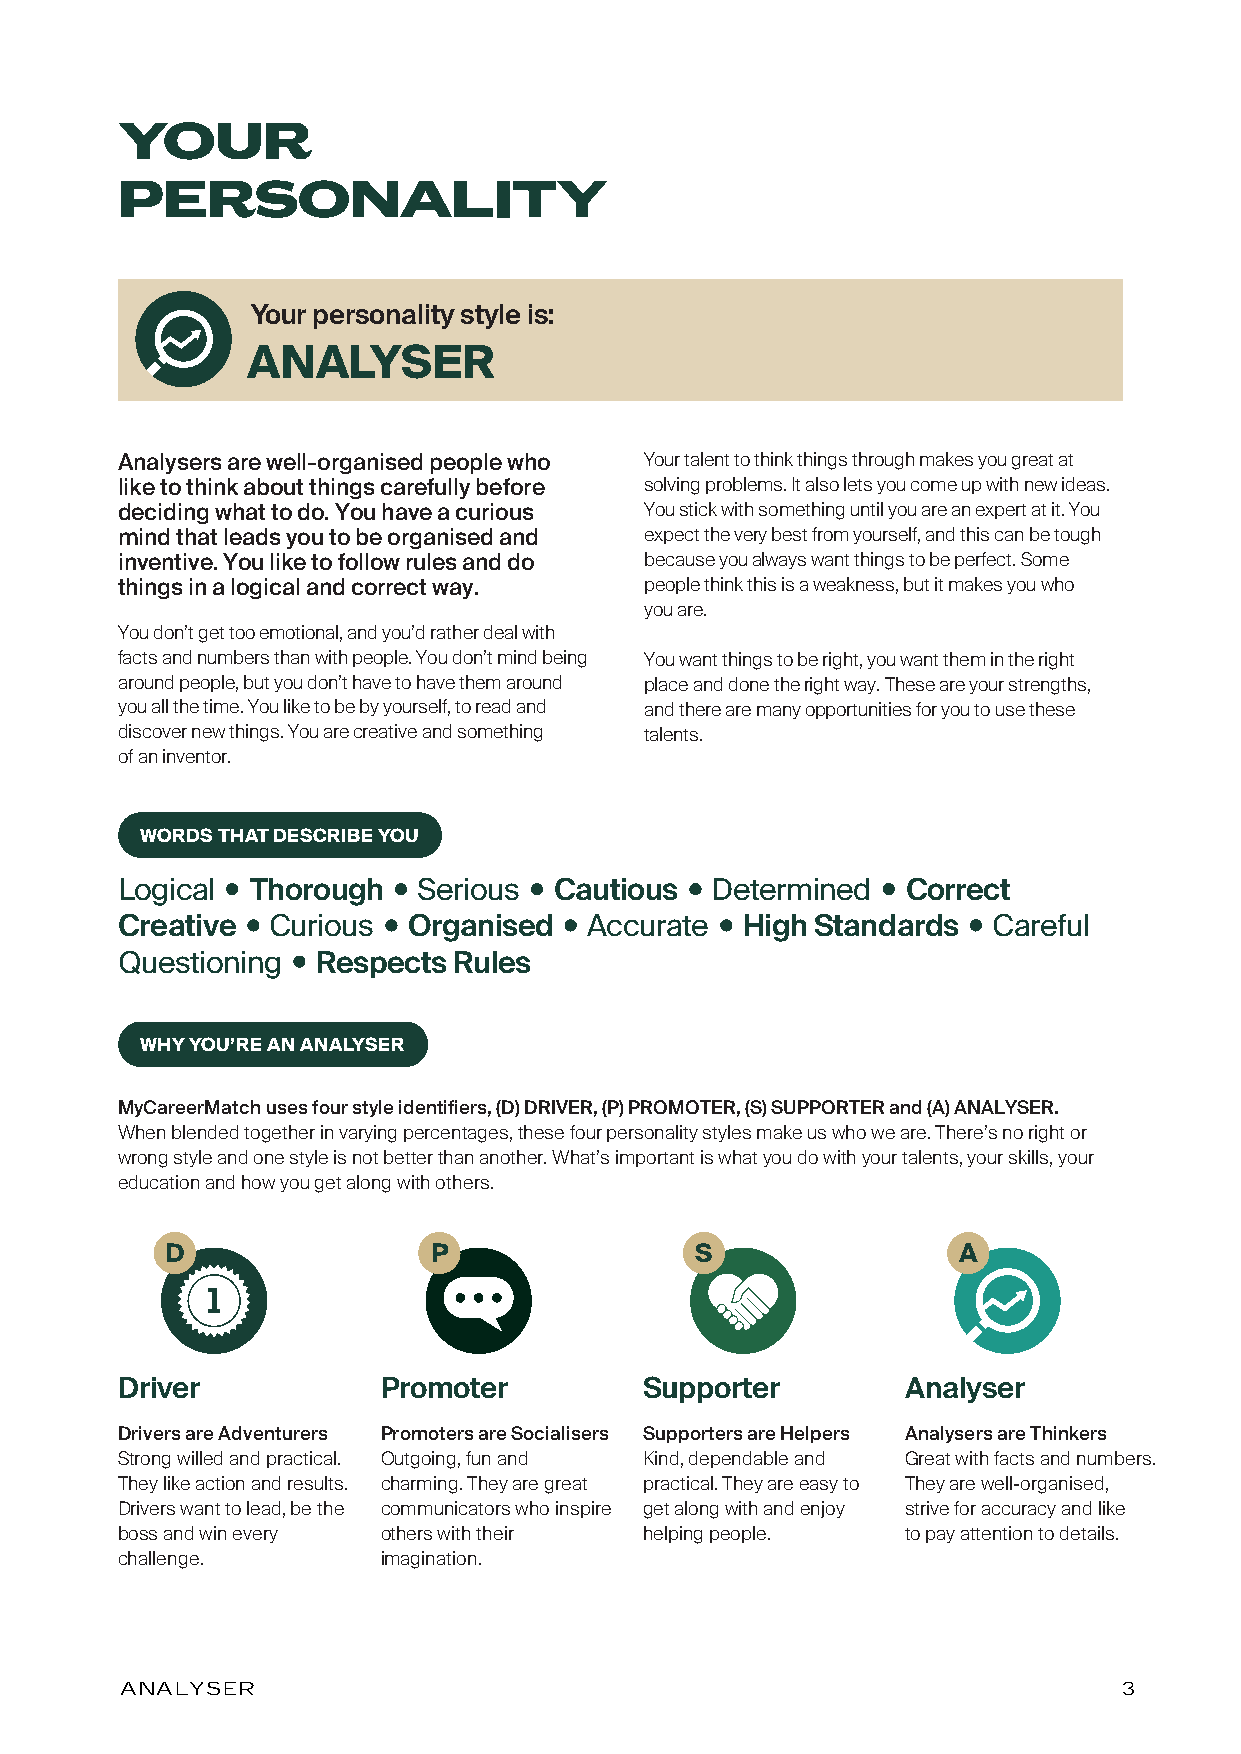
YOUR
 PERSONALITY
 Your personality style is:
 ANALYSER
 Analysers are well-organised people who Your talent to think things through makes you great at
 like to think about things carefully before solving problems. It also lets you come up with new ideas.
 deciding what to do. You have a curious You stick with something until you are an expert at it. You
 mind that leads you to be organised and expect the very best from yourself, and this can be tough
 inventive. You like to follow rules and do because you always want things to be perfect. Some
 things in a logical and correct way. people think this is a weakness, but it makes you who
 you are.
 You don’t get too emotional, and you’d rather deal with
 facts and numbers than with people. You don’t mind being You want things to be right, you want them in the right
 around people, but you don’t have to have them around place and done the right way. These are your strengths,
 you all the time. You like to be by yourself, to read and and there are many opportunities for you to use these
 discover new things. You are creative and something talents.
 of an inventor.
 WORDS THAT DESCRIBE YOU
 Logical  Thorough   Serious  Cautious  Determined   Correct
 Creative  Curious  Organised   Accurate  High Standards   Careful
 Questioning  Respects Rules
 WHY YOU’RE AN ANALYSER
 MyCareerMatch uses four style identifiers, (D) DRIVER, (P) PROMOTER, (S) SUPPORTER and (A) ANALYSER.
 When blended together in varying percentages, these four personality styles make us who we are. There’s no right or
 wrong style and one style is not better than another. What’s important is what you do with your talents, your skills, your
 education and how you get along with others.
 D                P                 S                A
 Driver           Promoter          Supporter        Analyser
 Drivers are Adventurers Promoters are Socialisers Supporters are Helpers Analysers are Thinkers
 Strong willed and practical. Outgoing, fun and Kind, dependable and Great with facts and numbers.
 They like action and results. charming. They are great practical. They are easy to They are well-organised,
 Drivers want to lead, be the communicators who inspire get along with and enjoy strive for accuracy and like
 boss and win every others with their helping people. to pay attention to details.
 challenge.       imagination.
 ANALYSER                                                          3